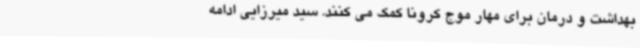
بهداشت و درمان برای مهار موج کرونا کمک می کنند. سید میرزایی ادامه